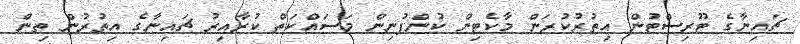
ޗައިނާގެ ޓޫރިސްޓުން އިތުރުކުރަން މާކެޓިން ކުންފުނިން މަސައްކަތް ކުރާއިރު ޗައިނާގެ އިތުރުން ތިން